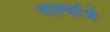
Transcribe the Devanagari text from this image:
नाल्यांचे